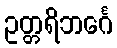
ဥတ္တရိဘင်္ဂေ